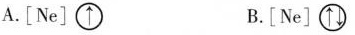
A.［Ne］\bigcirc{\uparrow } B.［Ne］\bigcirc{\uparrow \downarrow }